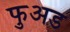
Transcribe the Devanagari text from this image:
फुअड